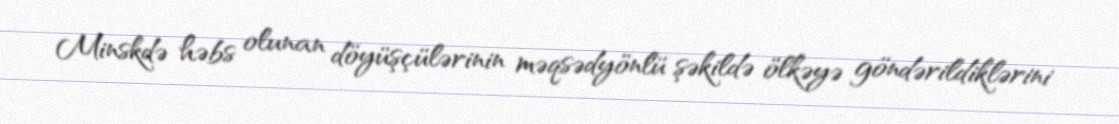
Minskdə həbs olunan döyüşçülərinin məqsədyönlü şəkildə ölkəyə göndərildiklərini